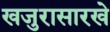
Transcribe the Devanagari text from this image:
खजुरासारखे